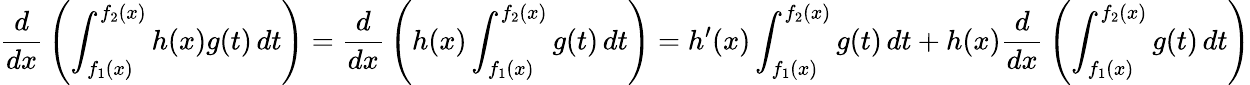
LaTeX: {\frac{d}{dx}}\left(\int_{f_{1}(x)}^{f_{2}(x)}h(x)g(t)\, dt\right)={\frac{d}{dx}}\left(h(x)\int_{f_{1}(x)}^{f_{2}(x)}g(t)\, dt\right)=h^{\prime}(x)\int_{f_{1}(x)}^{f_{2}(x)}g(t)\, dt+h(x){\frac{d}{dx}}\left(\int_{f_{1}(x)}^{f_{2}(x)}g(t)\, dt\right)